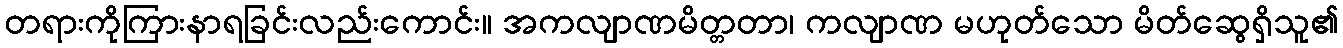
တရားကိုကြားနာရခြင်းလည်းကောင်း။ အကလျာဏမိတ္တတာ၊ ကလျာဏ မဟုတ်သော မိတ်ဆွေရှိသူ၏